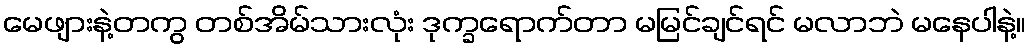
မေဖျားနဲ့တကွ တစ်အိမ်သားလုံး ဒုက္ခရောက်တာ မမြင်ချင်ရင် မလာဘဲ မနေပါနဲ့။